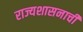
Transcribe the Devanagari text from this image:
राज्यशासनाची